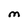
Character: M